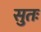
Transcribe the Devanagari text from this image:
सुतः